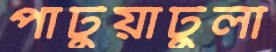
পাটুয়াটুলী